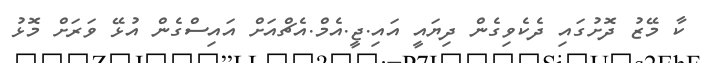
ކާ މޭޒު ދޮށުގައި ދެކެވިގެން ދިޔައީ އައި.ޖީ.އެމް.އެޗްއަށް އައިސްގެން އުޅޭ ވަރަށް މޮޅު